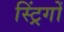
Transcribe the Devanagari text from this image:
स्ट्रिंगों